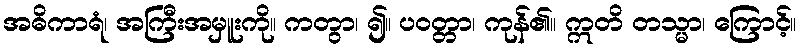
အဓိကာရံ၊ အကြီးအမှူးကို။ ကတွာ၊ ၍။ ပဝတ္တာ၊ ကုန်၏။ ဣတိ တသ္မာ၊ ကြောင့်။